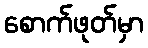
စောက်ဖုတ်မှာ